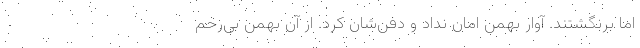
اما برنگشتند. آوار بهمن امان نداد و دفن‌شان کرد. از آن بهمن بی‌رحم